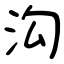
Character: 沟